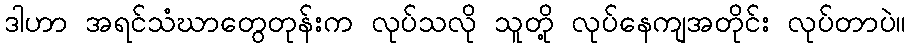
ဒါဟာ အရင်သံဃာတွေတုန်းက လုပ်သလို သူတို့ လုပ်နေကျအတိုင်း လုပ်တာပဲ။